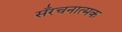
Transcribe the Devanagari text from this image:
सँरचनात्मक